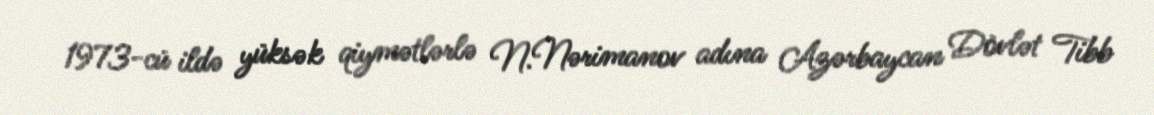
1973-cü ildə yüksək qiymətlərlə N.Nərimanov adına Azərbaycan Dövlət Tibb